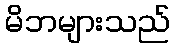
မိဘများသည်